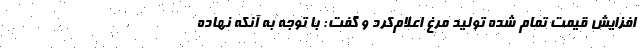
افزایش قیمت تمام شده تولید مرغ اعلام‌کرد و گفت: با توجه به آنکه نهاده